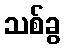
သစ်ခွ